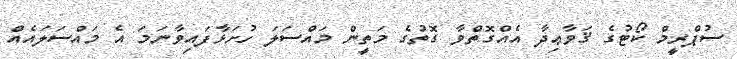
ސުޕްރީމް ކޯޓުގެ ޤަވާޢިދާ އެއްގޮތްވާ ގޮތުގެ މަތީން މައްސަލަ ހުށަޅާފައިވާނަމަ އެ މައްސަލައެއް